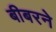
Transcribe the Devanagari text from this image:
बीबरने